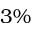
3 \%